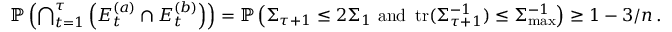
\begin{array} { r } { \mathbb P \left( \bigcap _ { t = 1 } ^ { \tau } \left( E _ { t } ^ { ( a ) } \cap E _ { t } ^ { ( b ) } \right) \right) = \mathbb P \left( \Sigma _ { \tau + 1 } \leq 2 \Sigma _ { 1 } \mathrm { ~ a n d ~ } \operatorname { t r } ( \Sigma _ { \tau + 1 } ^ { - 1 } ) \leq \Sigma _ { \operatorname* { m a x } } ^ { - 1 } \right) \geq 1 - 3 / n \, . } \end{array}